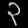
Digit: ၃